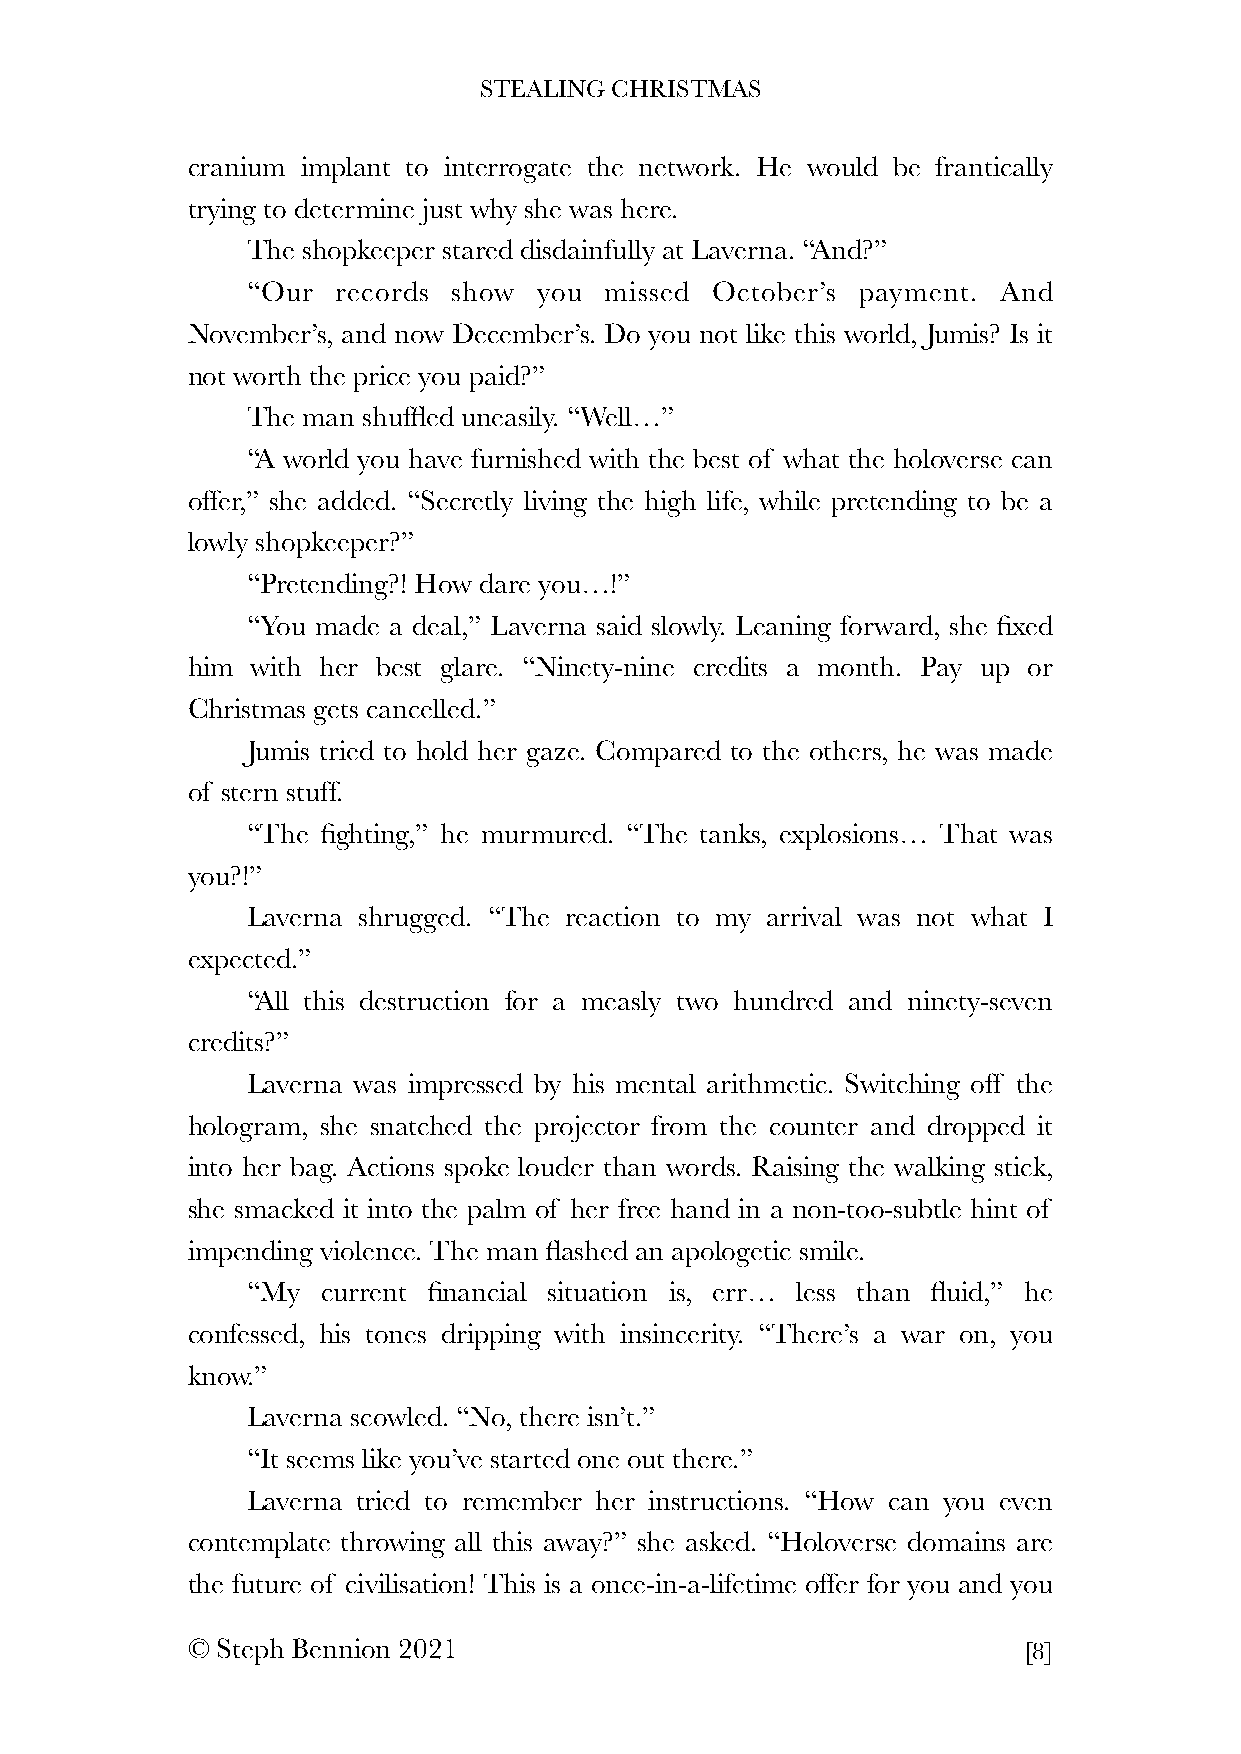
STEALING CHRISTMAS
 cranium implant to interrogate the network. He would be frantically
 trying to determine just why she was here.
 The shopkeeper stared disdainfully at Laverna. “And?”
 “Our  records show  you missed October’s payment. And
 November’s, and now December’s. Do you not like this world, Jumis? Is it
 not worth the price you paid?”
 The man shuffled uneasily. “Well…”
 “A world you have furnished with the best of what the holoverse can
 offer,” she added. “Secretly living the high life, while pretending to be a
 lowly shopkeeper?”
 “Pretending?! How dare you…!”
 “You made a deal,” Laverna said slowly. Leaning forward, she fixed
 him  with her best glare. “Ninety-nine credits a month. Pay up or
 Christmas gets cancelled.”
 Jumis tried to hold her gaze. Compared to the others, he was made
 of stern stuff.
 “The fighting,” he murmured. “The tanks, explosions… That was
 you?!”
 Laverna shrugged. “The reaction to my arrival was not what I
 expected.”
 “All this destruction for a measly two hundred and ninety-seven
 credits?”
 Laverna was impressed by his mental arithmetic. Switching off the
 hologram, she snatched the projector from the counter and dropped it
 into her bag. Actions spoke louder than words. Raising the walking stick,
 she smacked it into the palm of her free hand in a non-too-subtle hint of
 impending violence. The man flashed an apologetic smile.
 “My  current financial situation is, err… less than fluid,” he
 confessed, his tones dripping with insincerity. “There’s a war on, you
 know.”
 Laverna scowled. “No, there isn’t.”
 “It seems like you’ve started one out there.”
 Laverna tried to remember her instructions. “How can you even
 contemplate throwing all this away?” she asked. “Holoverse domains are
 the future of civilisation! This is a once-in-a-lifetime offer for you and you
 © Steph Bennion 2021                                    [8]